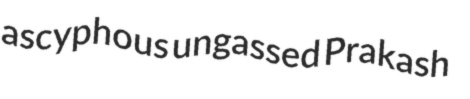
ascyphous ungassed Prakash